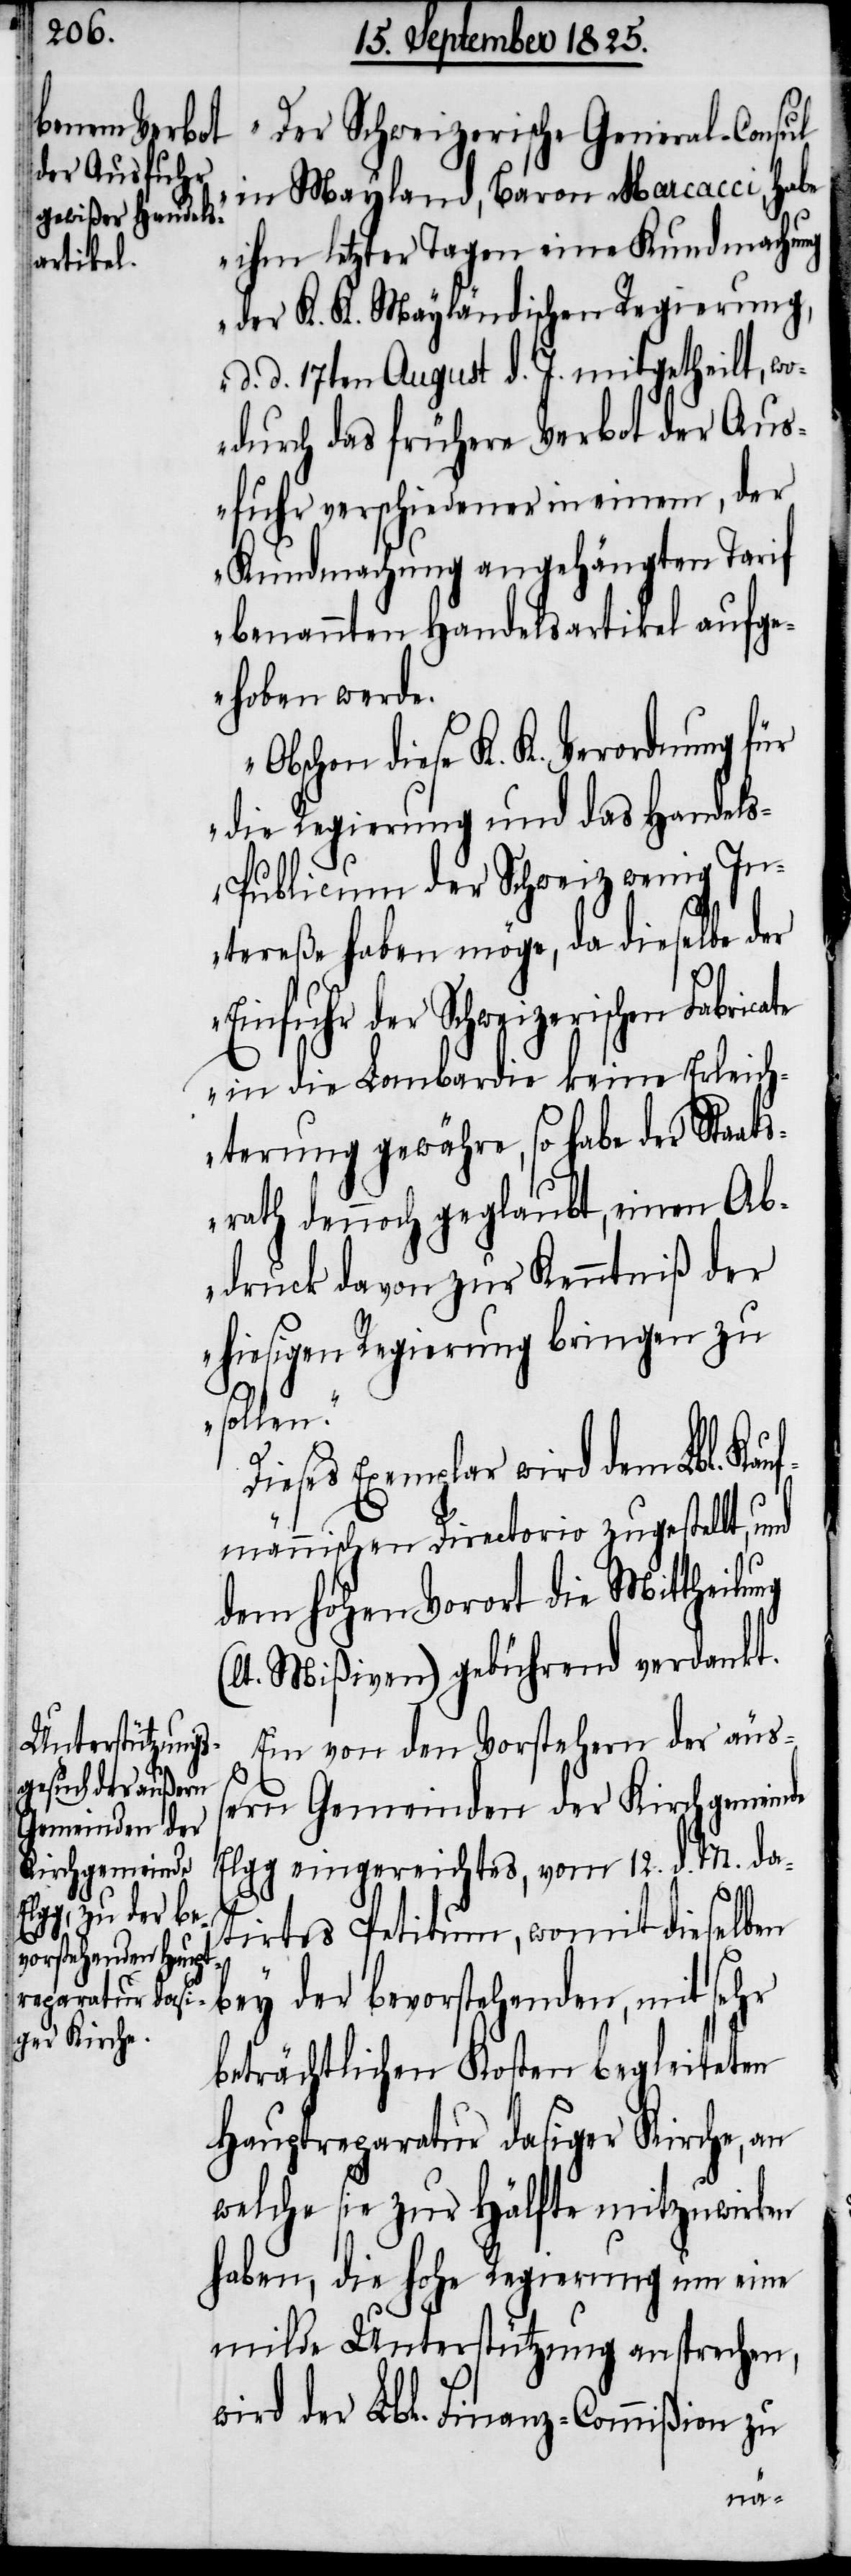
(l¬

„Der Schweizerische General-Consul
in Mayland, Baron Marcacci, habe
ihm letzter Tage eine Kundmachung
der K. K. Mayländischen Regierung,
d. d. 17ten August d. J. mitgetheilt, wo¬
durch das frühere Verbot der Aus¬
fuhr verschiedener in einem, der
Kundemachung angehängten Tarif
benannten Handelsartikel aufge¬
hoben werde.
Obschon diese K. K. Verordnung für
die Regierung und das Handel¬
s-Publicum der Schweiz wenig In¬
tereße haben möge, da dieselbe der
Einfuhr der Schweizerischen Fabric¬
in die Lombardei keine Erleich¬
terung gewähre, so habe der Staat¬
srath dennoch geglaubt, einen Ab¬
druck davon zur Kenntniß der
hiesigen Regierung bringen zu
sollen“.
Dieses Exemplar wird dem Lbl. Kauf¬
männischen Directorio zugestellt,
dem hohen Vorort die Mittheilung
t. Mißiven) gebührend verdankt.
Ein von den Vorstehern der äus¬
sern Gemeinden der Kirchgemeinde
Elgg eingereichtes, vom 12. d. m. da¬
tirtes Petitum, womit dieselben
bey der bevorstehenden, mit sehr
beträchtlichen Kosten begleiteten
Hauptreparatur dasiger Kirche, an
welche sie zur Hälfte mitzuwirken
haben, die hohe Regierung um eine
milde Unterstützung ansprechen,
wird der Lbl. Finanz-Commißion zu